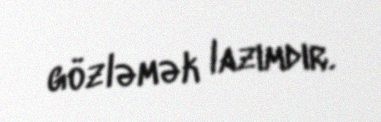
gözləmək lazımdır.